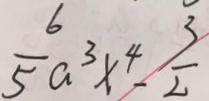
\frac { 6 } { 5 } a ^ { 3 } x ^ { 4 } - \frac { 3 } { 2 }